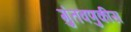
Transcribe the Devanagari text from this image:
गुंतवणुकीस